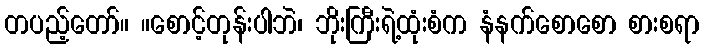
တပည့်တော်။ ။စောင့်တုန်းပါဘဲ၊ ဘိုးကြီးရဲ့ထုံးစံက နံနက်စောစော စားစရာ